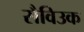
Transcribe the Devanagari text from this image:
सैविउक